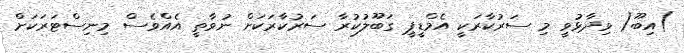
)އިބޫ( ވިދާޅުވީ މި ސަރުކާރަކީ އެމްޑީޕީ ގަބޫލުކުރާ ސަރުކާރަކަށް ނުވާތީ އެއްވެސް މިނިސްޓަރަކަށް